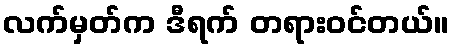
လက်မှတ်က ဒီရက် တရားဝင်တယ်။